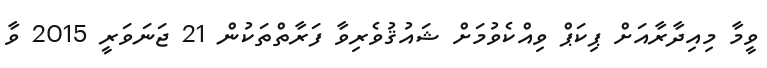
ވީމާ މިއިދާރާއަށް ޕިކަޕް ވިއްކެވުމަށް ޝައުޤުވެރިވާ ފަރާތްތަކުން 21 ޖަނަވަރީ 2015 ވާ